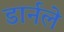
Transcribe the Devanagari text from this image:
डार्नले